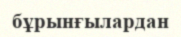
бұрынғылардан